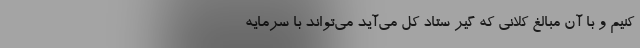
کنیم و با آن مبالغ کلانی که گیر ستاد کل می‌آید می‌تواند با سرمایه